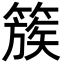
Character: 簇